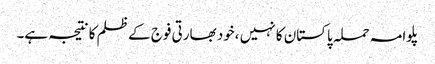
پلوامہ حملہ پاکستان کا نہیں ،خود بھارتی فوج کے ظلم کا نتیجہ ہے۔